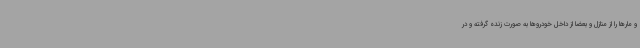
و مارها را از منازل و بعضاً از داخل خودروها به صورت زنده گرفته و در